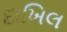
દાખિલ